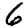
Digit: 6